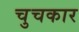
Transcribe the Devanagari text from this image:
चुचकार